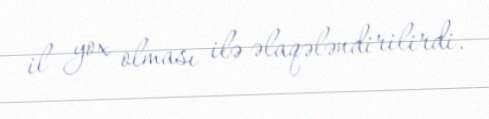
il yox olması ilə əlaqələndirilirdi.